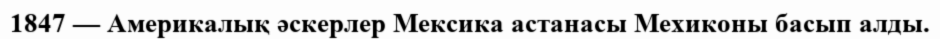
1847 — Америкалық әскерлер Мексика астанасы Мехиконы басып алды.